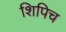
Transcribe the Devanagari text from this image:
शिपिच